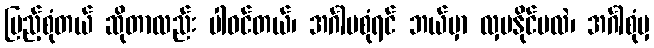
ပြည့်စုံတယ် ဆိုတာလည်း ပါဝင်တယ်၊ အင်္ဂါမစုံရင် ဘယ်မှာ လှပနိုင်မလဲ၊ အင်္ဂါစုံမှ